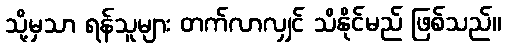
သို့မှသာ ရန်သူများ တက်လာလျှင် သိနိုင်မည် ဖြစ်သည်။